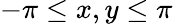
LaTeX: -\pi\leq x,y\leq\pi